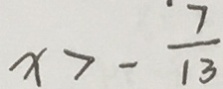
x > - \frac { 7 } { 1 3 }